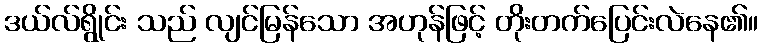
ဒယ်လ်ရွိုင်း သည် လျင်မြန်သော အဟုန်ဖြင့် တိုးတက်ပြေင်းလဲနေ၏။